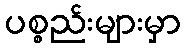
ပစ္စည်းများမှာ